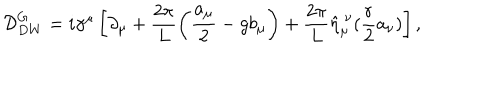
LaTeX: { \cal D } _ { D W } ^ { G } = i \gamma ^ { \mu } \left[ \partial _ { \mu } + \frac { 2 \pi } { L } \left( \frac { a _ { \mu } } { 2 } - g b _ { \mu } \right) + \frac { 2 \pi } { L } \hat { \eta } _ { \mu } ^ { ~ \nu } ( \frac { r } { 2 } a _ { \nu } ) \right] ,